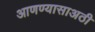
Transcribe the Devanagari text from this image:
आणण्यासाअठी